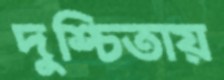
দুশ্চিতায়